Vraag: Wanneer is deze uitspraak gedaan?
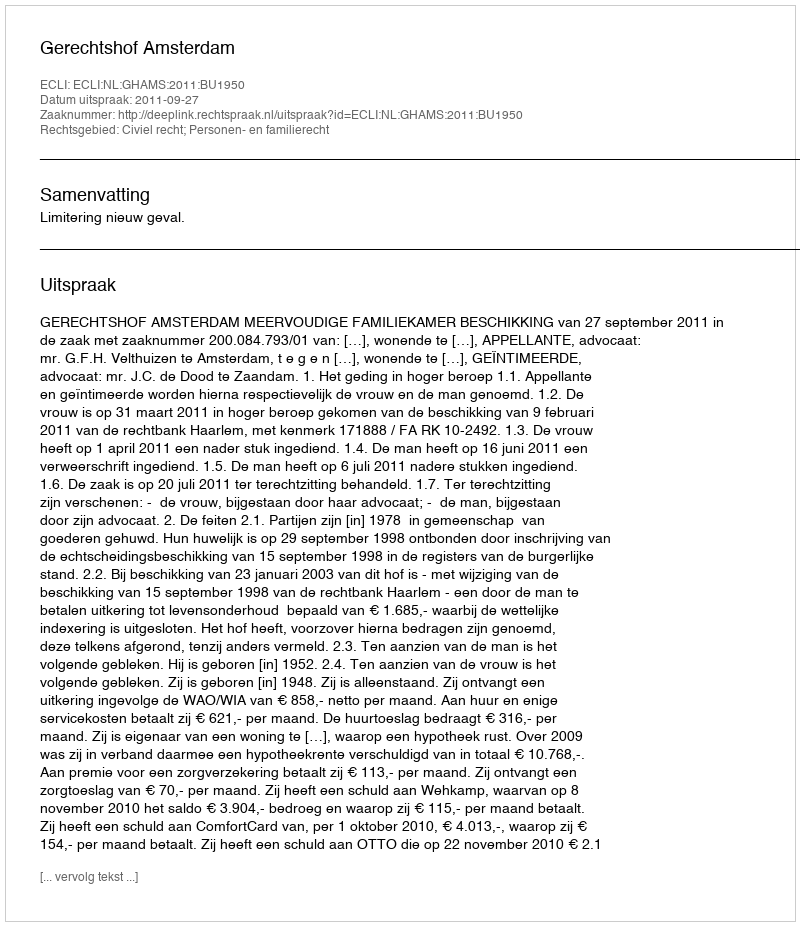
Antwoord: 2011-09-27